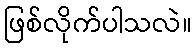
ဖြစ်လိုက်ပါသလဲ။